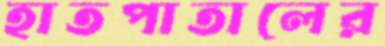
হাতপাতালের